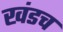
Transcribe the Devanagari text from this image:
खंडच